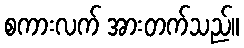
စကားလက် အားတက်သည်။